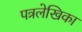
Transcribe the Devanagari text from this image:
पत्रलेखिका